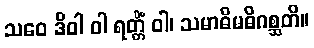
သဝေ ဒိဝါ ဝါ ရတ္တိံ ဝါ၊ သမာဓိမဓိဂစ္ဆတိ။